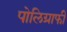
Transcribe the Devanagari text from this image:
पोलिग्राफी